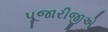
પૂજારીજીએ